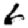
Digit: 6